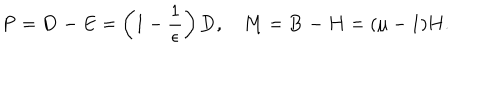
{ \bf P } = { \bf D - E } = \left( 1 - { \frac { 1 } { \epsilon } } \right) { \bf D } , \quad { \bf M } = { \bf B - H } = ( \mu - 1 ) { \bf H } .